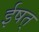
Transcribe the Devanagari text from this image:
ईषत्‌